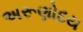
અરૂણોદય